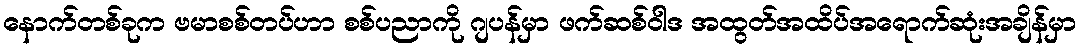
နောက်တစ်ခုက ဗမာစစ်တပ်ဟာ စစ်ပညာကို ဂျပန်မှာ ဖက်ဆစ်ဝါဒ အထွတ်အထိပ်အရောက်ဆုံးအချိန်မှာ